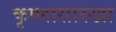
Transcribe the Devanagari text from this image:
कृष्णासारखा